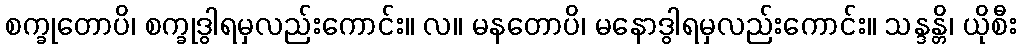
စက္ခုတောပိ၊ စက္ခုဒွါရမှလည်းကောင်း။ လ။ မနတောပိ၊ မနောဒွါရမှလည်းကောင်း။ သန္ဒန္တိ၊ ယိုစီး